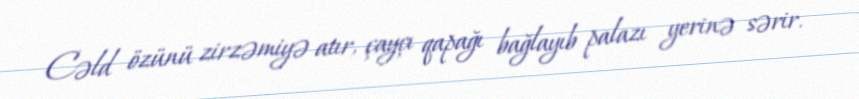
Cəld özünü zirzəmiyə atır, çayçı qapağı bağlayıb palazı yerinə sərir.